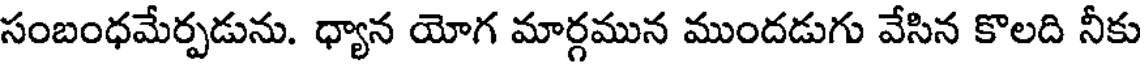
సంబంధమేర్పడును. ధ్యాన యోగ మార్గమున ముందడుగు వేసిన కొలది నీకు